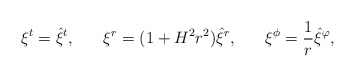
\begin{align*}\xi^t=\hat{\xi}^t,\;\;\;\;\;\;\xi^r=(1+H^2r^2)\hat{\xi}^r,\;\;\;\;\;\;\xi^\phi=\frac{1}{r}\hat{\xi}^\varphi,\end{align*}